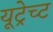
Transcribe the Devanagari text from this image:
यूट्रेच्ट